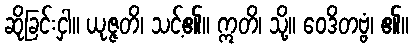
ဆိုခြင်းငှါ။ ယုဇ္ဇတိ၊ သင့်၏။ ဣတိ၊ သို့။ ဝေဒိတဗ္ဗံ၊ ၏။